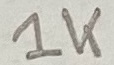
Text: 1K